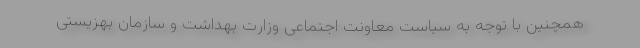
همچنین با توجه به سیاست معاونت اجتماعی وزارت بهداشت و سازمان بهزیستی